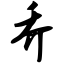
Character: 乔